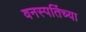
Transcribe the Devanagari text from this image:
वनस्पतिंच्या